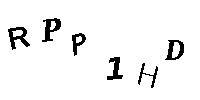
RPP1HD